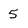
Character: 5